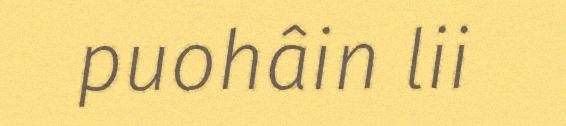
puohâin lii